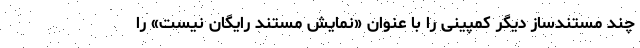
چند مستندساز دیگر کمپینی را با عنوان «نمایش مستند رایگان نیست» را